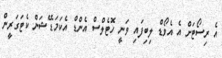
އެ ރިސޯޓަށް އެ އެވޯޑް ލިބިފައި ވަނީ ހޮޓެލްސް އެންޑް އެކަމަޑޭޝަން ކެޓަގަރީން